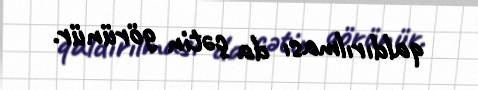
qaldırılması da çətin görünür.